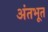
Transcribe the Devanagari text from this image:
अंतभूत